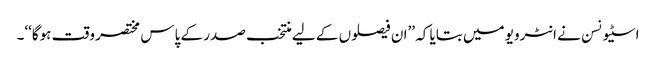
اسٹیونسن نے انٹرویو میں بتایا کہ ’’ان فیصلوں کے لیے منتخب صدر کے پاس مختصر وقت ہوگا‘‘۔